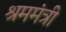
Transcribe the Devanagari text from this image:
श्रममंत्री